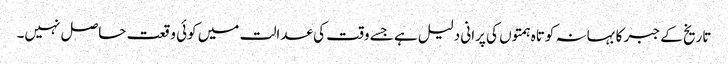
تاریخ کے جبر کا بہانہ کوتاہ ہمتوں کی پرانی دلیل ہے جسے وقت کی عدالت میں کوئی وقعت حاصل نہیں۔